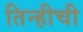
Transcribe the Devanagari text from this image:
तिन्हीची